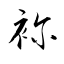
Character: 袮